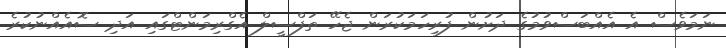
ނަމަވެސް އެ އެއްބަސްވުމުގެ ދަށުން ފުރިހަމަކުރަން ޖެހޭ ތަފްސީލް އެގްރިމަންޓްގައި އަދި ސޮއެއްނުކުރެ